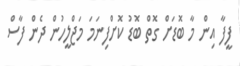
ފީފާ އިން މާ ބޮޑަށް ގޮތް ބޮޑު ކޮށްފިނަމަ މަޖްލީހުން ދެން ފާސް